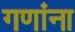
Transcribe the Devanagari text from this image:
गणांना